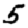
Digit: 5